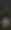
.